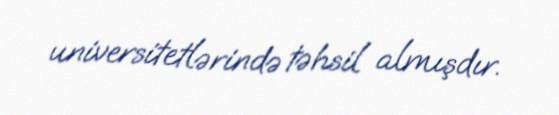
universitetlərində təhsil almışdır.